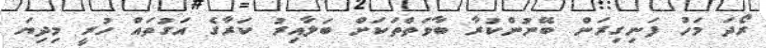
ރޯދަ މަހު ފަނިގިރަން ބޭނުންކުރާ ބާވަތްތަކަށް ބަލާއިރު ކަރާގެ އަގުތައް ހުރީ މިދިޔަ